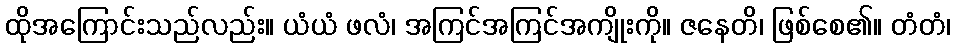
ထိုအကြောင်းသည်လည်း။ ယံယံ ဖလံ၊ အကြင်အကြင်အကျိုးကို။ ဇနေတိ၊ ဖြစ်စေ၏။ တံတံ၊